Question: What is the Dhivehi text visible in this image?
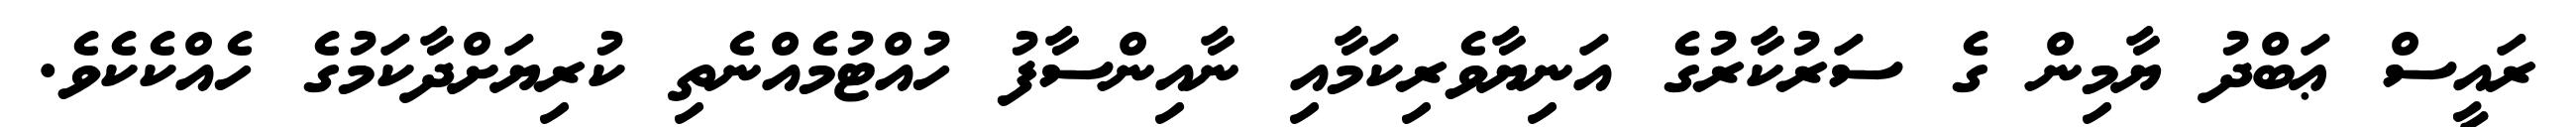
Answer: ރައީސް ޢަބްދު ޔާމިން ގެ ސަރުކާރުގެ އަނިޔާވެރިކަމާއި ނާއިންސާފު ހުއްޓުމެއްނެތި ކުރިޔަށްދާކަމުގެ ހެއްކެކެވެ.